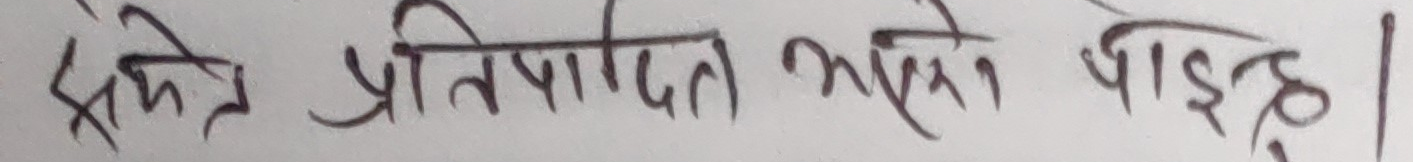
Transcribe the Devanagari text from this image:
क्षेत्र प्रतिपादित भएको पाइन्छ।